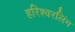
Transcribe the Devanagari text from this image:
हरिश्वरलिंग